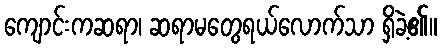
ကျောင်းကဆရာ၊ ဆရာမတွေရယ်လောက်သာ ရှိခဲ့၏။